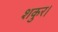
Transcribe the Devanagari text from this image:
शकुर।